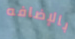
بالإضافه